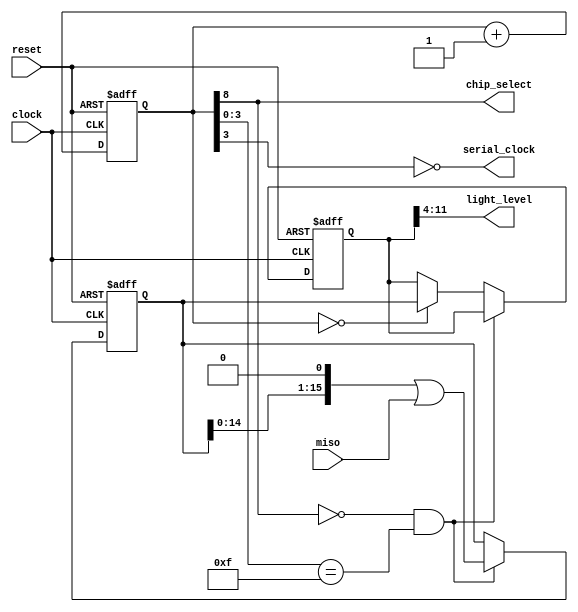
module light_sensor(clock, reset, chip_select, serial_clock, miso, light_level);

    input clock, reset;
    output chip_select, serial_clock;
    input miso;
    output [7:0] light_level;
    
    reg [21:0] counter;
    reg [15:0] shift;
    reg [15:0] value;
    
    assign light_level = value[11:4];
    
    always @ (posedge clock or posedge reset)
    begin
        if(reset)
            counter <= 22'b100;
        else
            counter <= counter + 22'b1;
    end
    
    assign serial_clock = ~counter[3];
    assign chip_select = counter[8];
    
    wire sample_bit = (chip_select == 1'b0 && counter[3:0] == 4'b1111);
    wire value_done = (counter[21:0] == 22'b0);
    
    always @ (posedge clock or posedge reset)
    begin
        if(reset)
        begin
            shift <= 16'h0000;
            value <= 16'h0000;
        end
        else if (sample_bit)
        begin
            shift <= (shift << 1) | miso;
        end
        else if (value_done)
        begin
            value <= shift;
        end
    end
    
endmodule //light_sensor